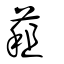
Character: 蒩